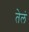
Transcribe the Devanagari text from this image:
तेलं